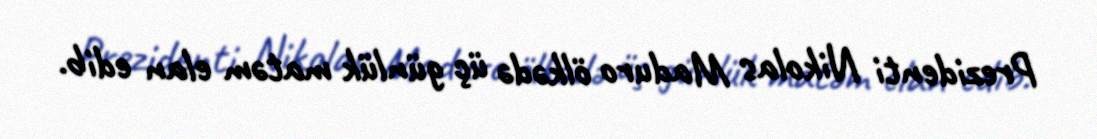
Prezidenti Nikolas Maduro ölkədə üç günlük matəm elan edib.